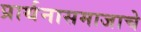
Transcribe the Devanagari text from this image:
प्रार्थनासमाजाचे